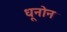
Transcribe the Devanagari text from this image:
धूनोन